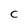
Character: C